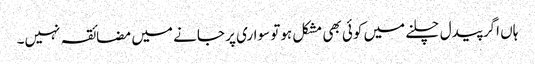
ہاں اگر پیدل چلنے میں کوئی بھی مشکل ہوتو سواری پر جانے میں مضائقہ نہیں۔